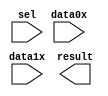
// megafunction wizard: %LPM_MUX%VBB%
// GENERATION: STANDARD
// VERSION: WM1.0
// MODULE: LPM_MUX 

// ============================================================
// Megafunction Name(s):
// 			LPM_MUX
//
// Simulation Library Files(s):
// 			lpm
// ============================================================
// ************************************************************
// THIS IS A WIZARD-GENERATED FILE. DO NOT EDIT THIS FILE!
//
// 13.0.1 Build 232 06/12/2013 SP 1 SJ Web Edition
// ************************************************************

//Copyright (C) 1991-2013 Altera Corporation
//Your use of Altera Corporation's design tools, logic functions 
//and other software and tools, and its AMPP partner logic 
//functions, and any output files from any of the foregoing 
//(including device programming or simulation files), and any 
//associated documentation or information are expressly subject 
//to the terms and conditions of the Altera Program License 
//Subscription Agreement, Altera MegaCore Function License 
//Agreement, or other applicable license agreement, including, 
//without limitation, that your use is for the sole purpose of 
//programming logic devices manufactured by Altera and sold by 
//Altera or its authorized distributors.  Please refer to the 
//applicable agreement for further details.

module lpm_mux0 (
	data0x,
	data1x,
	sel,
	result);

	input	[31:0]  data0x;
	input	[31:0]  data1x;
	input	  sel;
	output	[31:0]  result;

endmodule

// ============================================================
// CNX file retrieval info
// ============================================================
// Retrieval info: PRIVATE: INTENDED_DEVICE_FAMILY STRING "Cyclone II"
// Retrieval info: PRIVATE: SYNTH_WRAPPER_GEN_POSTFIX STRING "0"
// Retrieval info: PRIVATE: new_diagram STRING "1"
// Retrieval info: LIBRARY: lpm lpm.lpm_components.all
// Retrieval info: CONSTANT: LPM_SIZE NUMERIC "2"
// Retrieval info: CONSTANT: LPM_TYPE STRING "LPM_MUX"
// Retrieval info: CONSTANT: LPM_WIDTH NUMERIC "32"
// Retrieval info: CONSTANT: LPM_WIDTHS NUMERIC "1"
// Retrieval info: USED_PORT: data0x 0 0 32 0 INPUT NODEFVAL "data0x[31..0]"
// Retrieval info: USED_PORT: data1x 0 0 32 0 INPUT NODEFVAL "data1x[31..0]"
// Retrieval info: USED_PORT: result 0 0 32 0 OUTPUT NODEFVAL "result[31..0]"
// Retrieval info: USED_PORT: sel 0 0 0 0 INPUT NODEFVAL "sel"
// Retrieval info: CONNECT: @data 0 0 32 0 data0x 0 0 32 0
// Retrieval info: CONNECT: @data 0 0 32 32 data1x 0 0 32 0
// Retrieval info: CONNECT: @sel 0 0 1 0 sel 0 0 0 0
// Retrieval info: CONNECT: result 0 0 32 0 @result 0 0 32 0
// Retrieval info: GEN_FILE: TYPE_NORMAL lpm_mux0.v TRUE
// Retrieval info: GEN_FILE: TYPE_NORMAL lpm_mux0.inc FALSE
// Retrieval info: GEN_FILE: TYPE_NORMAL lpm_mux0.cmp FALSE
// Retrieval info: GEN_FILE: TYPE_NORMAL lpm_mux0.bsf TRUE FALSE
// Retrieval info: GEN_FILE: TYPE_NORMAL lpm_mux0_inst.v FALSE
// Retrieval info: GEN_FILE: TYPE_NORMAL lpm_mux0_bb.v TRUE
// Retrieval info: LIB_FILE: lpm